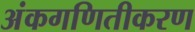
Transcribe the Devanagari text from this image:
अंकगणितीकरण